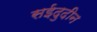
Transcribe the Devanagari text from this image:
सईदुदीन